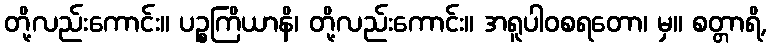
တို့လည်းကောင်း။ ပဉ္စကြိယာနိ၊ တို့လည်းကောင်း။ အရူပါဝစရတော၊ မှ။ စတ္တာရိ,